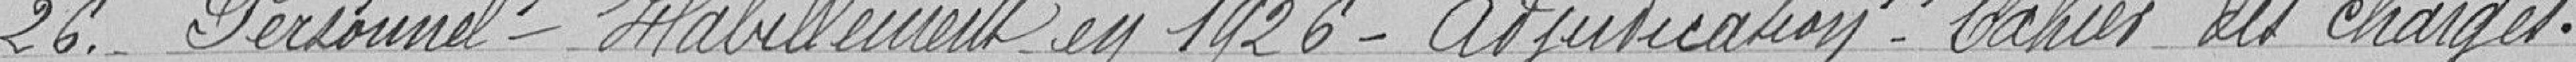
26. - Personnel - Habillement en 1926 - Adjudication - Cahier des charges.